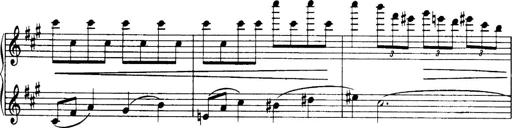
Title: 3 Sonatinas, Op.67
Composer: Jean Sibelius